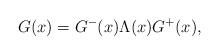
LaTeX: \begin{align*}G(x) = G^{-}(x) \Lambda(x) G^{+}(x),\end{align*}